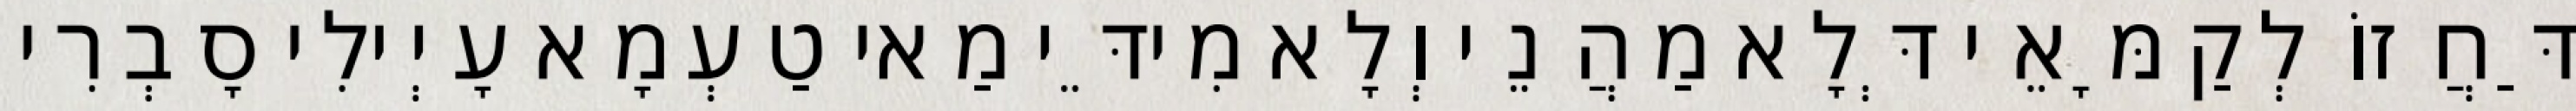
דַּחֲזוֹ לְקַמָּאֵי דְּלָא מַהֲנֵי וְלָא מִידֵּי מַאי טַעְמָא עָיְילִי סָבְרִי